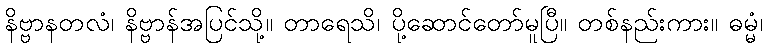
နိဗ္ဗာနတလံ၊ နိဗ္ဗာန်အပြင်သို့။ တာရေသိ၊ ပို့ဆောင်တော်မူပြီ။ တစ်နည်းကား။ ဓမ္မံ၊